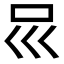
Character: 𠮰